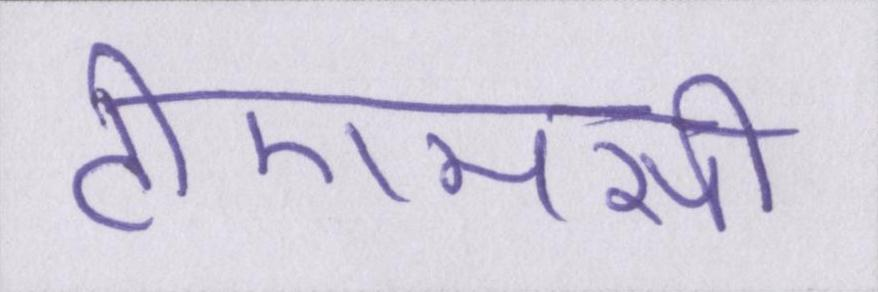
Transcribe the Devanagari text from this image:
टीएमसी